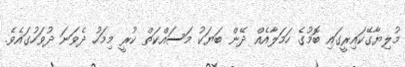
މުލިޔާގޭކައިރީގައި ބޮމުގެ ހަމަލާއެއް ދޭން ބަޔަކު މަސައްކަތް ކުރީ މިމަހު ދެވަނަ ދުވަހުގައެވެ.